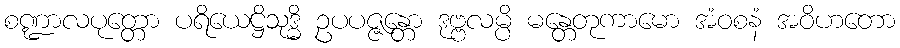
စဏ္ဍာလပုတ္တော ပရိယေဋ္ဌိသုဒ္ဓိ ဥပပဇ္ဇန္တော ဒုဗ္ဗလမ္ပိ မန္တေတုကာမော အံဝစနံ အဝိဟတော